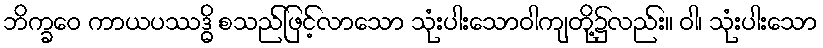
ဘိက္ခဝေ ကာယပဿဒ္ဓိ စသည်ဖြင့်လာသော သုံးပါးသောဝါကျတို့၌လည်း။ ဝါ၊ သုံးပါးသော